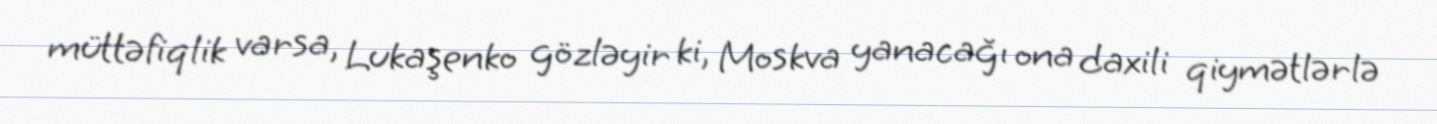
müttəfiqlik varsa, Lukaşenko gözləyir ki, Moskva yanacağı ona daxili qiymətlərlə